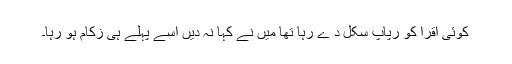
کوئی اقرا کو رپاپ سکل د ے رہا تھا میں نے کہا نہ دیں اسے پہلے ہی زکام ہو رہا۔